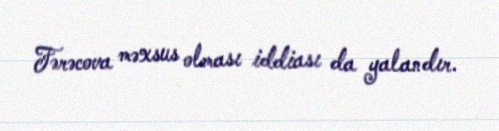
Fərəcova məxsus olması iddiası da yalandır.